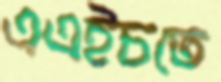
এএইচতে